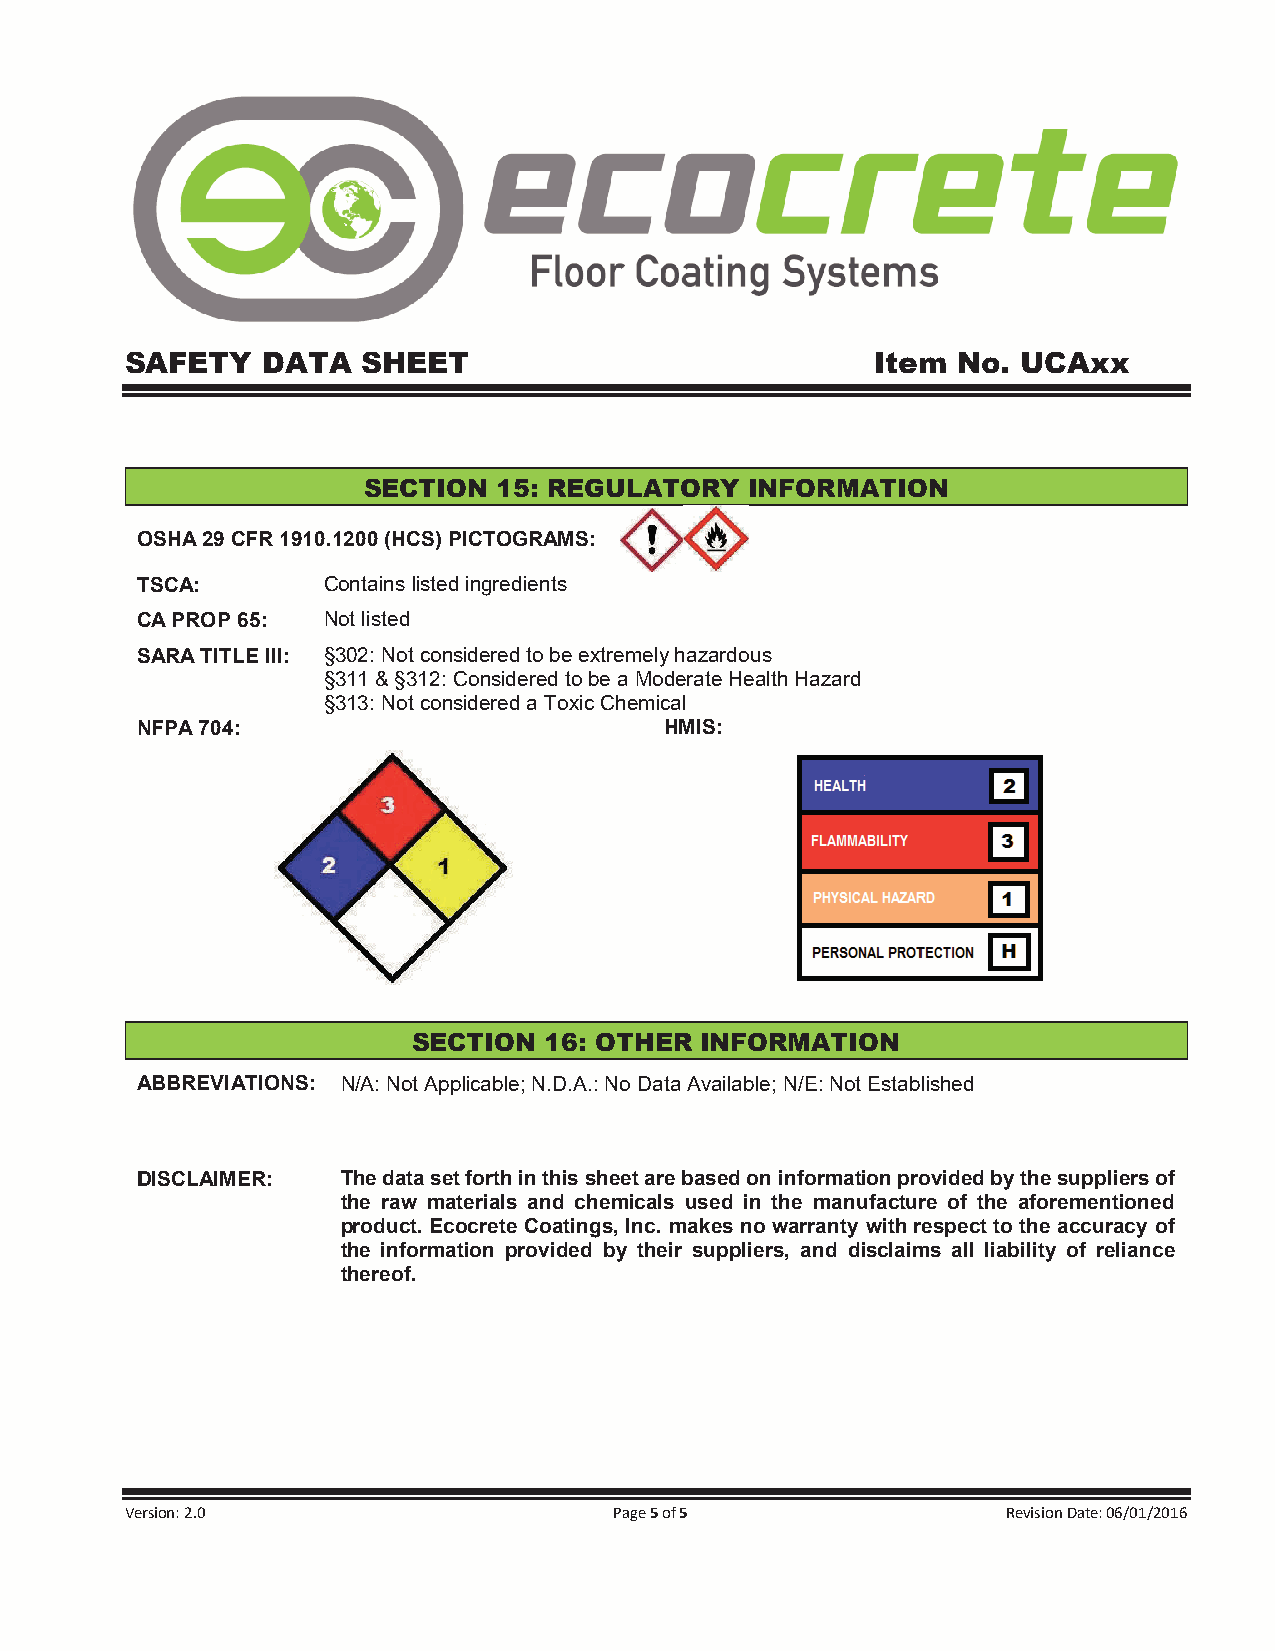
SAFETY   DATA   SHEET                             Item No.  UCAxx
 SECTION  15: REGULATORY   INFORMATION
 OSHA 29 CFR 1910.1200 (HCS) PICTOGRAMS:
 TSCA:       Contains listed ingredients
 CA PROP 65: Not listed
 SARA TITLE III: §302: Not considered to be extremely hazardous
 §311 & §312: Considered to be a Moderate Health Hazard
 §313: Not considered a Toxic Chemical
 NFPA 704:                          HMIS:
 SECTION  16: OTHER INFORMATION
 ABBREVIATIONS: N/A: Not Applicable; N.D.A.: No Data Available; N/E: Not Established
 DISCLAIMER:   The data set forth in this sheet are based on information provided by the suppliers of
 the raw materials and chemicals used in the manufacture of the aforementioned
 product. Ecocrete Coatings, Inc. makes no warranty with respect to the accuracy of
 the information provided by their suppliers, and disclaims all liability of reliance
 thereof.
 Version: 2.0                     Page 5 of 5               Revision Date: 06/01/2016